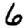
Digit: 6